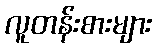
လူတန်းစားများ